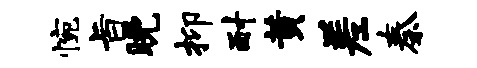
惋旨晚抑耐黄差秦